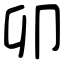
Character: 卯